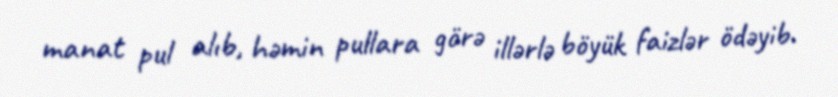
manat pul alıb, həmin pullara görə illərlə böyük faizlər ödəyib.